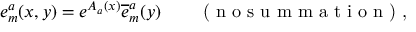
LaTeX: { e _ { m } ^ { a } ( x , y ) = e ^ { A _ { a } ( x ) } \overline { { { e } } } _ { m } ^ { a } ( y ) \qquad \textrm { ( n o s u m m a t i o n ) , } }